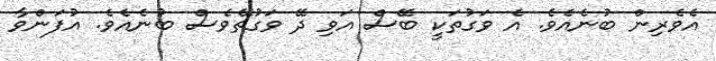
އެވެރިން ބުނެއެވެ. އެ ވަގުތަކީ ބޭސް އަވި ދޭ ވަގުތޭވެސް ބުނެއެވެ. އުފަންވާ